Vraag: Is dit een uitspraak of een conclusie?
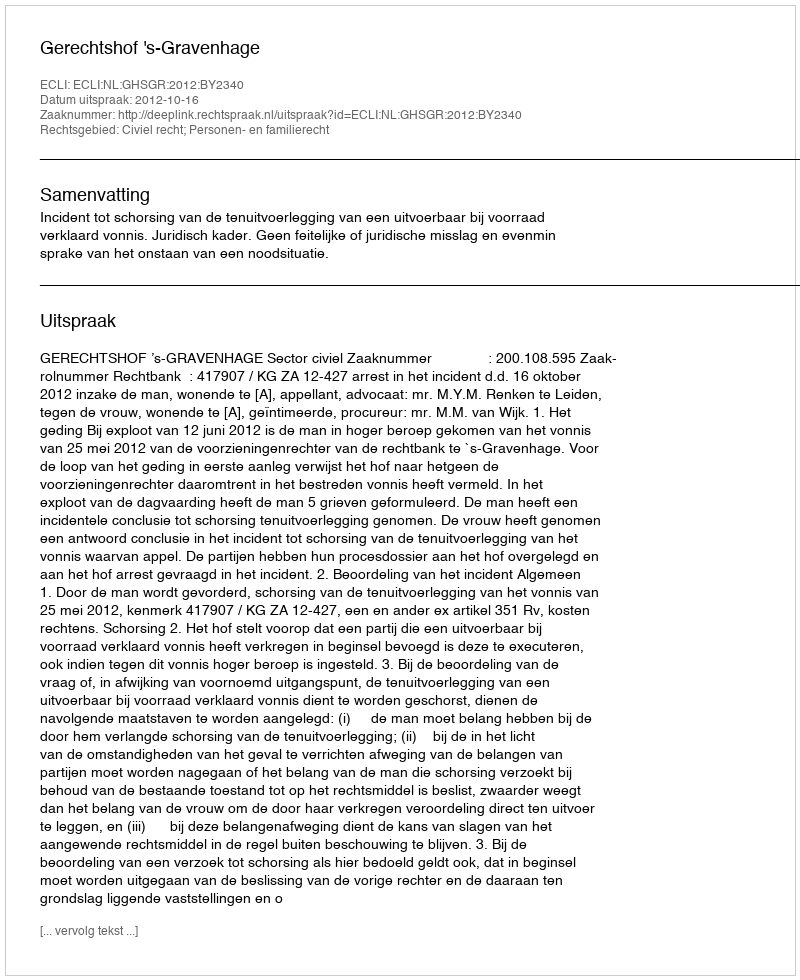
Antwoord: Uitspraak